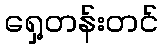
ရှေ့တန်းတင်